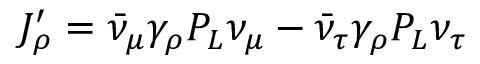
J _ { \rho } ^ { \prime } = \bar { \nu } _ { \mu } \gamma _ { \rho } P _ { L } \nu _ { \mu } - \bar { \nu } _ { \tau } \gamma _ { \rho } P _ { L } \nu _ { \tau }